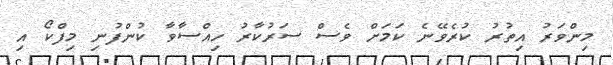
މިންވަރު އިތުރު ކުރެވޭނެ ކަމަށް ވެސް ސަރުކާރު ހިއްސާވާ ކުންފުނި މިފްކޯ އި